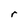
Character: r